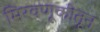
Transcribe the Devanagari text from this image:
मिरवणूकीतून